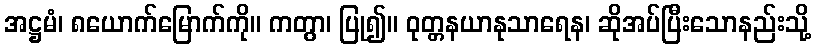
အဋ္ဌမံ၊ ၈ယောက်မြောက်ကို။ ကတွာ၊ ပြု၍။ ဝုတ္တနယာနုသာရေန၊ ဆိုအပ်ပြီးသောနည်းသို့